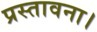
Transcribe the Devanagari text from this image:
प्रस्तावना।